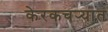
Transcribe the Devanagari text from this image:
केरकचर्‍यात